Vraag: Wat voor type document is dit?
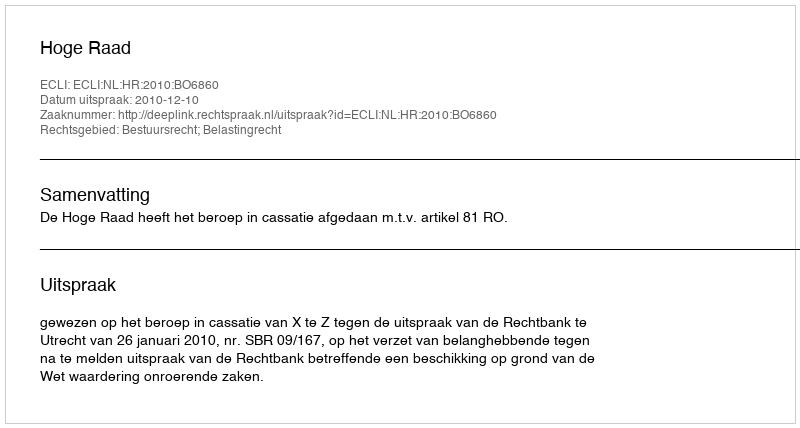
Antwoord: Uitspraak